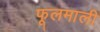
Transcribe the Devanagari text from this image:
फूलमाली